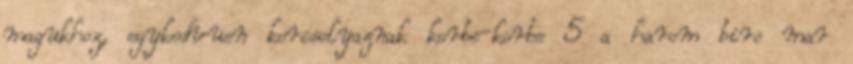
magukhoz, egykedvuen korcsolyaznak korbe-korbe 5 a harom biro mar